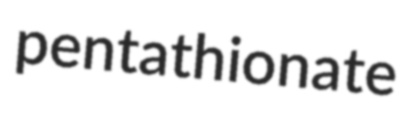
pentathionate